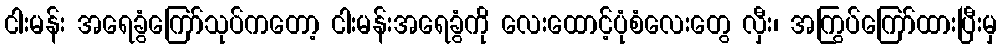
ငါးမန်း အရေခွံကြော်သုပ်ကတော့ ငါးမန်းအရေခွံကို လေးထောင့်ပုံစံလေးတွေ လှီး၊ အကြွပ်ကြော်ထားပြီးမှ